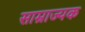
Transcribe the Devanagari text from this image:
साम्राज्यक